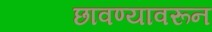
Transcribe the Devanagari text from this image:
छावण्यावरून